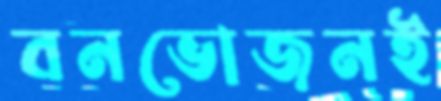
বনভোজনই